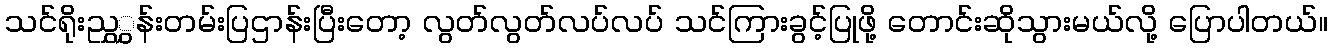
သင်ရိုးညွှွှန်းတမ်းပြဌာန်းပြီးတော့ လွတ်လွတ်လပ်လပ် သင်ကြားခွင့်ပြုဖို့ တောင်းဆိုသွားမယ်လို့ ပြောပါတယ်။